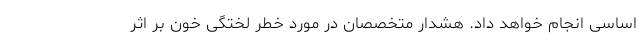
اساسی انجام خواهد داد. هشدار متخصصان در مورد خطر لختگی خون بر اثر